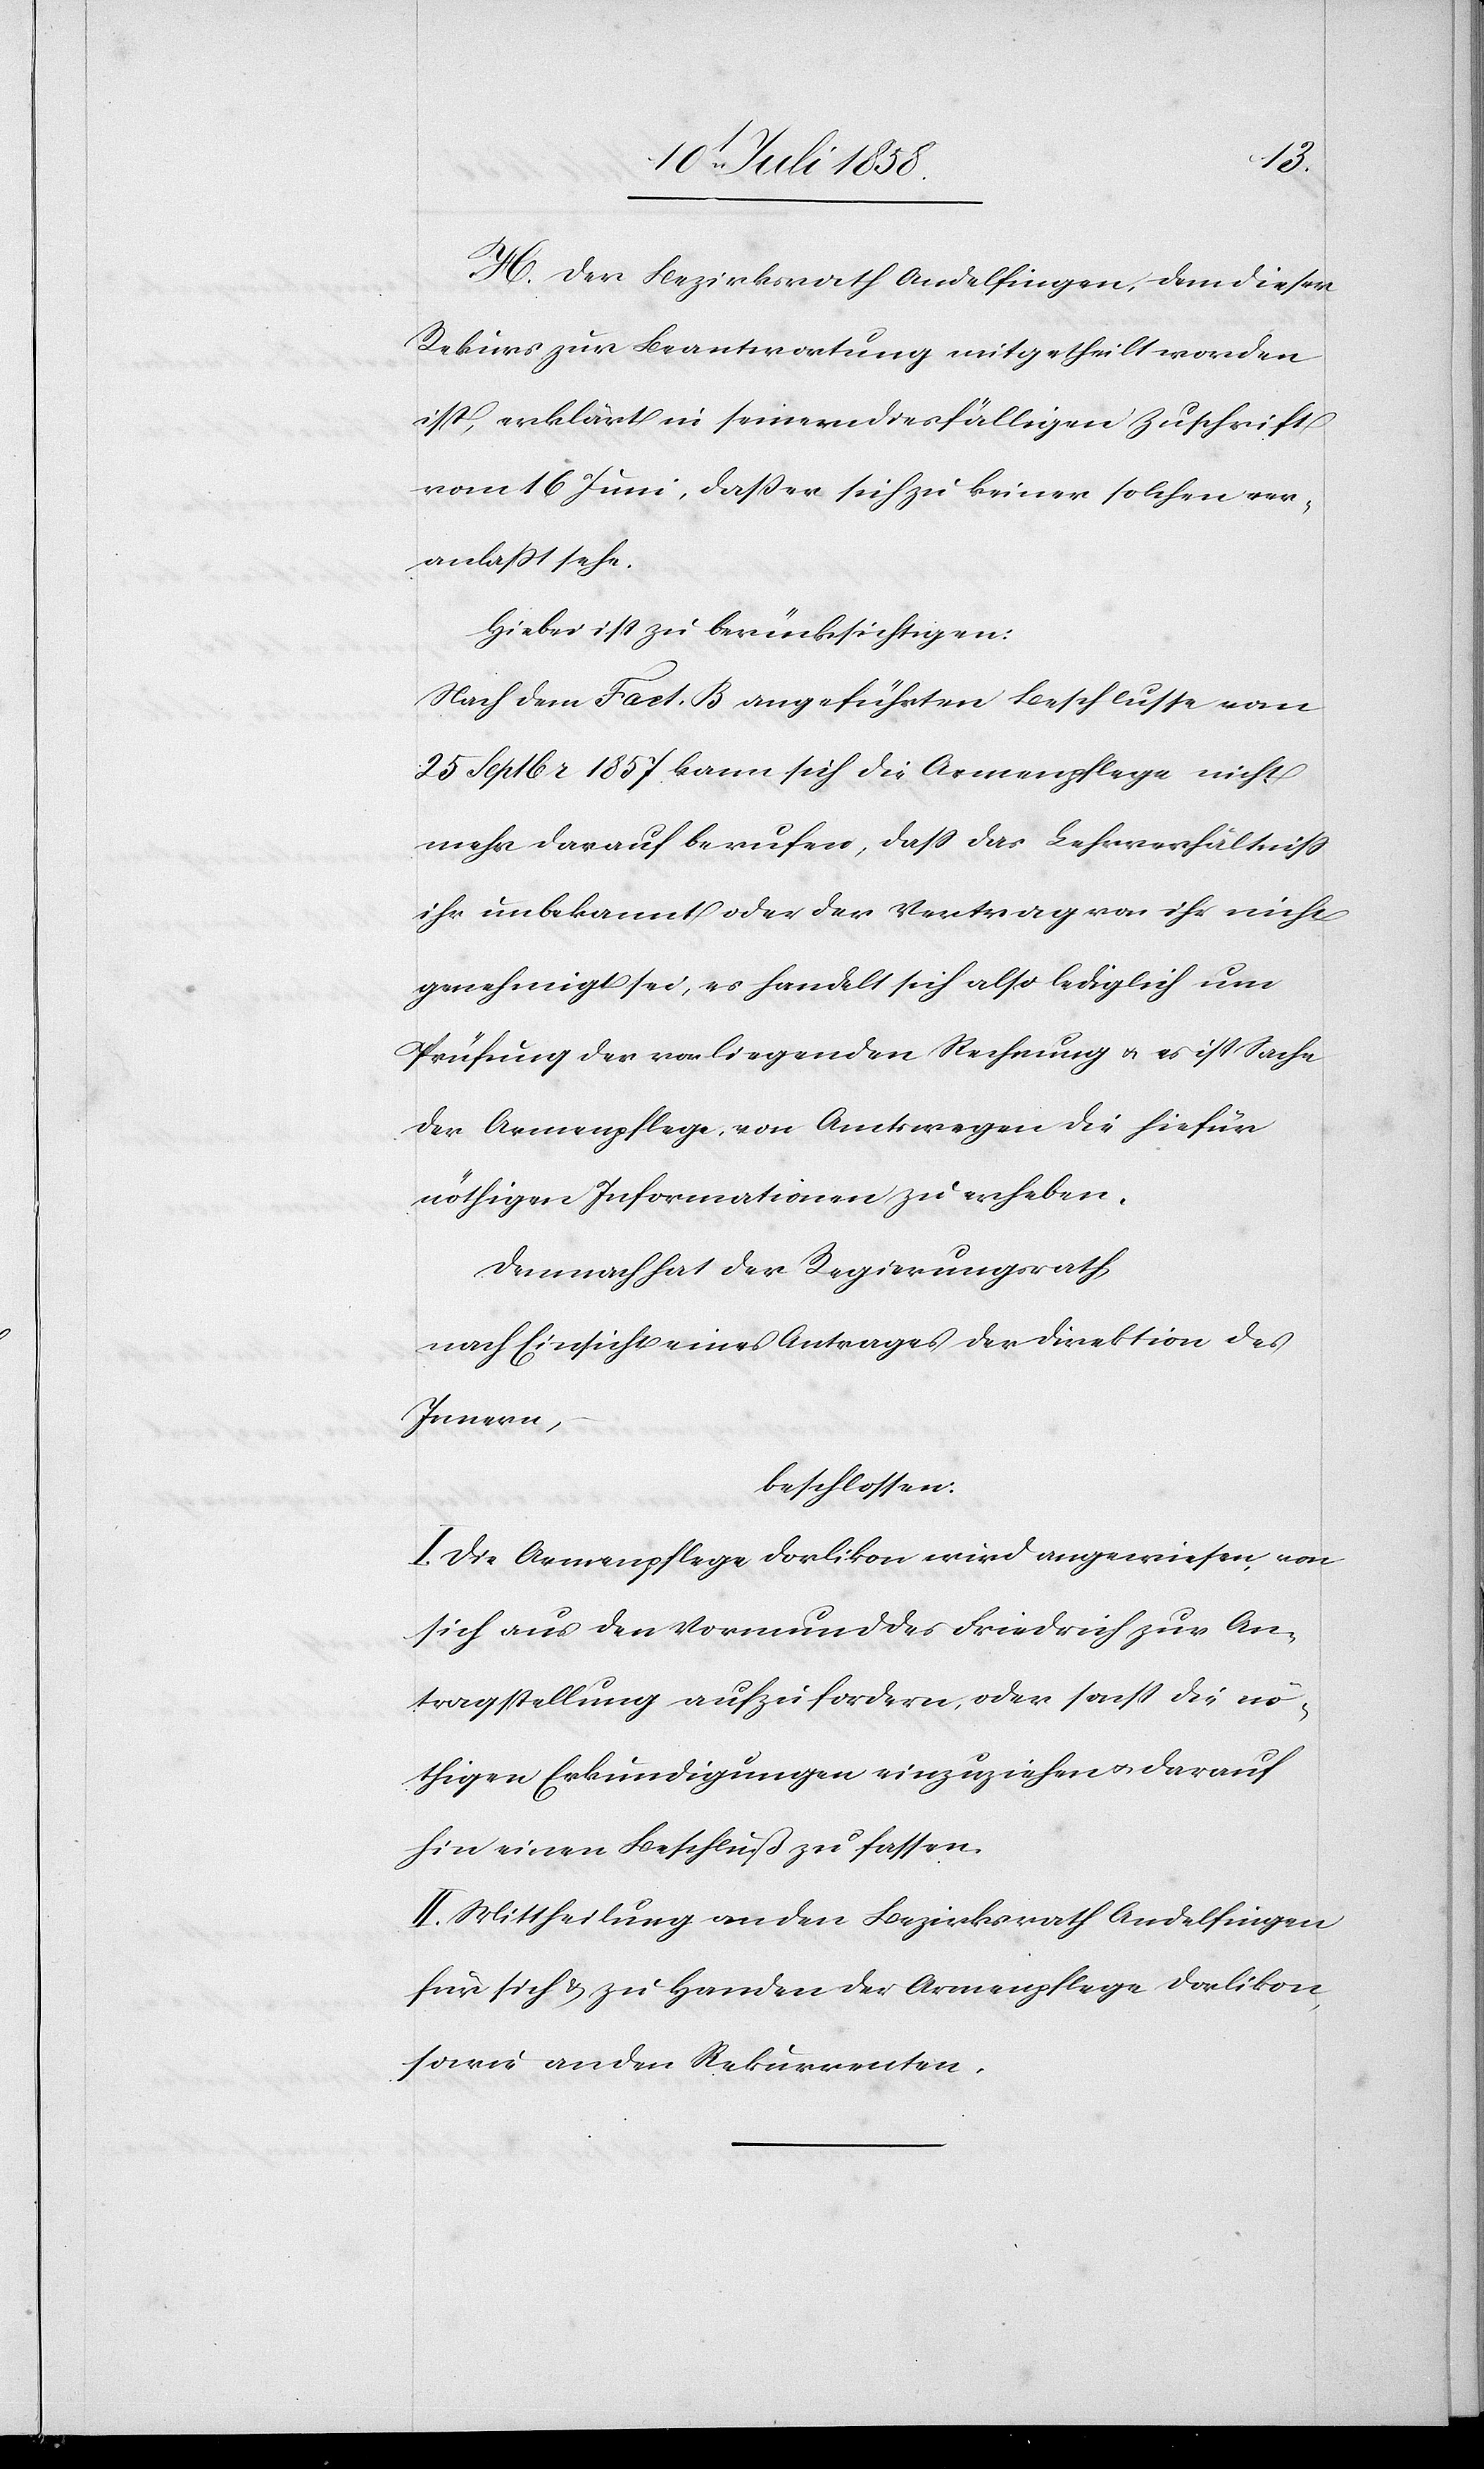
H. Der Bezirksrath Andelfingen, dem dieser
Rekurs zur Beantwortung mitgetheilt worden
ist, erklärt in seiner diesfälligen Zuschrift
vom 16 Juni, dass er sich zu keiner solchen ver¬
anlaßt sehe.
Hiebei ist zu berücksichtigen:
Nach dem Fact. B angeführten Beschlusse vom
25 Septbr 1857 kann sich die Armenpflege nicht
mehr darauf berufen, dass das Lehrverhältniss
ihr unbekannt oder der Vertrag von ihr nicht
genehmigt sei, es handelt sich also lediglich um
Prüfung der vorliegenden Rechnung & es ist Sache
der Armenpflege, von Amtswegen die hiefür
nöthigen Informationen zu erheben.
Demnach hat der Regierungsrath,
nach Einsicht eines Antrages der Direktion des
Innern,
beschlossen:
I. Die Armenpflege Dorlikon wird angewiesen, von
sich aus den Vormund des Friedrich zur An¬
tragstellung aufzufordern, oder sonst die nö¬
thigen Erkundigungen einzuziehen & darauf
hin einen Beschluß zu fassen.
II. Mittheilung an den Bezirksrath Andelfingen
für sich & zu Handen der Armenpflege Dorlikon,
sowie an den Rekurrenten.